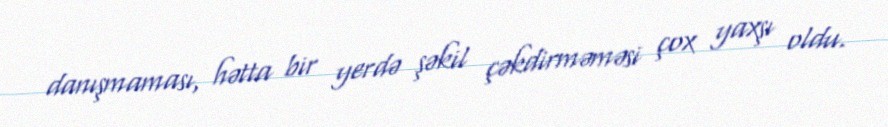
danışmaması, hətta bir yerdə şəkil çəkdirməməsi çox yaxşı oldu.